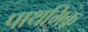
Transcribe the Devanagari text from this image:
पाथमिक